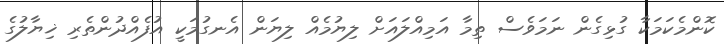
ކޮންމެކަމަކާ ގުޅިގެން ނަމަވެސް ތިމާ އަމިއްލައަށް ލިޔުމެއް ލިޔަން އެނގުމަކީ އުފެއްދުންތެރި ޚިޔާލުގެ